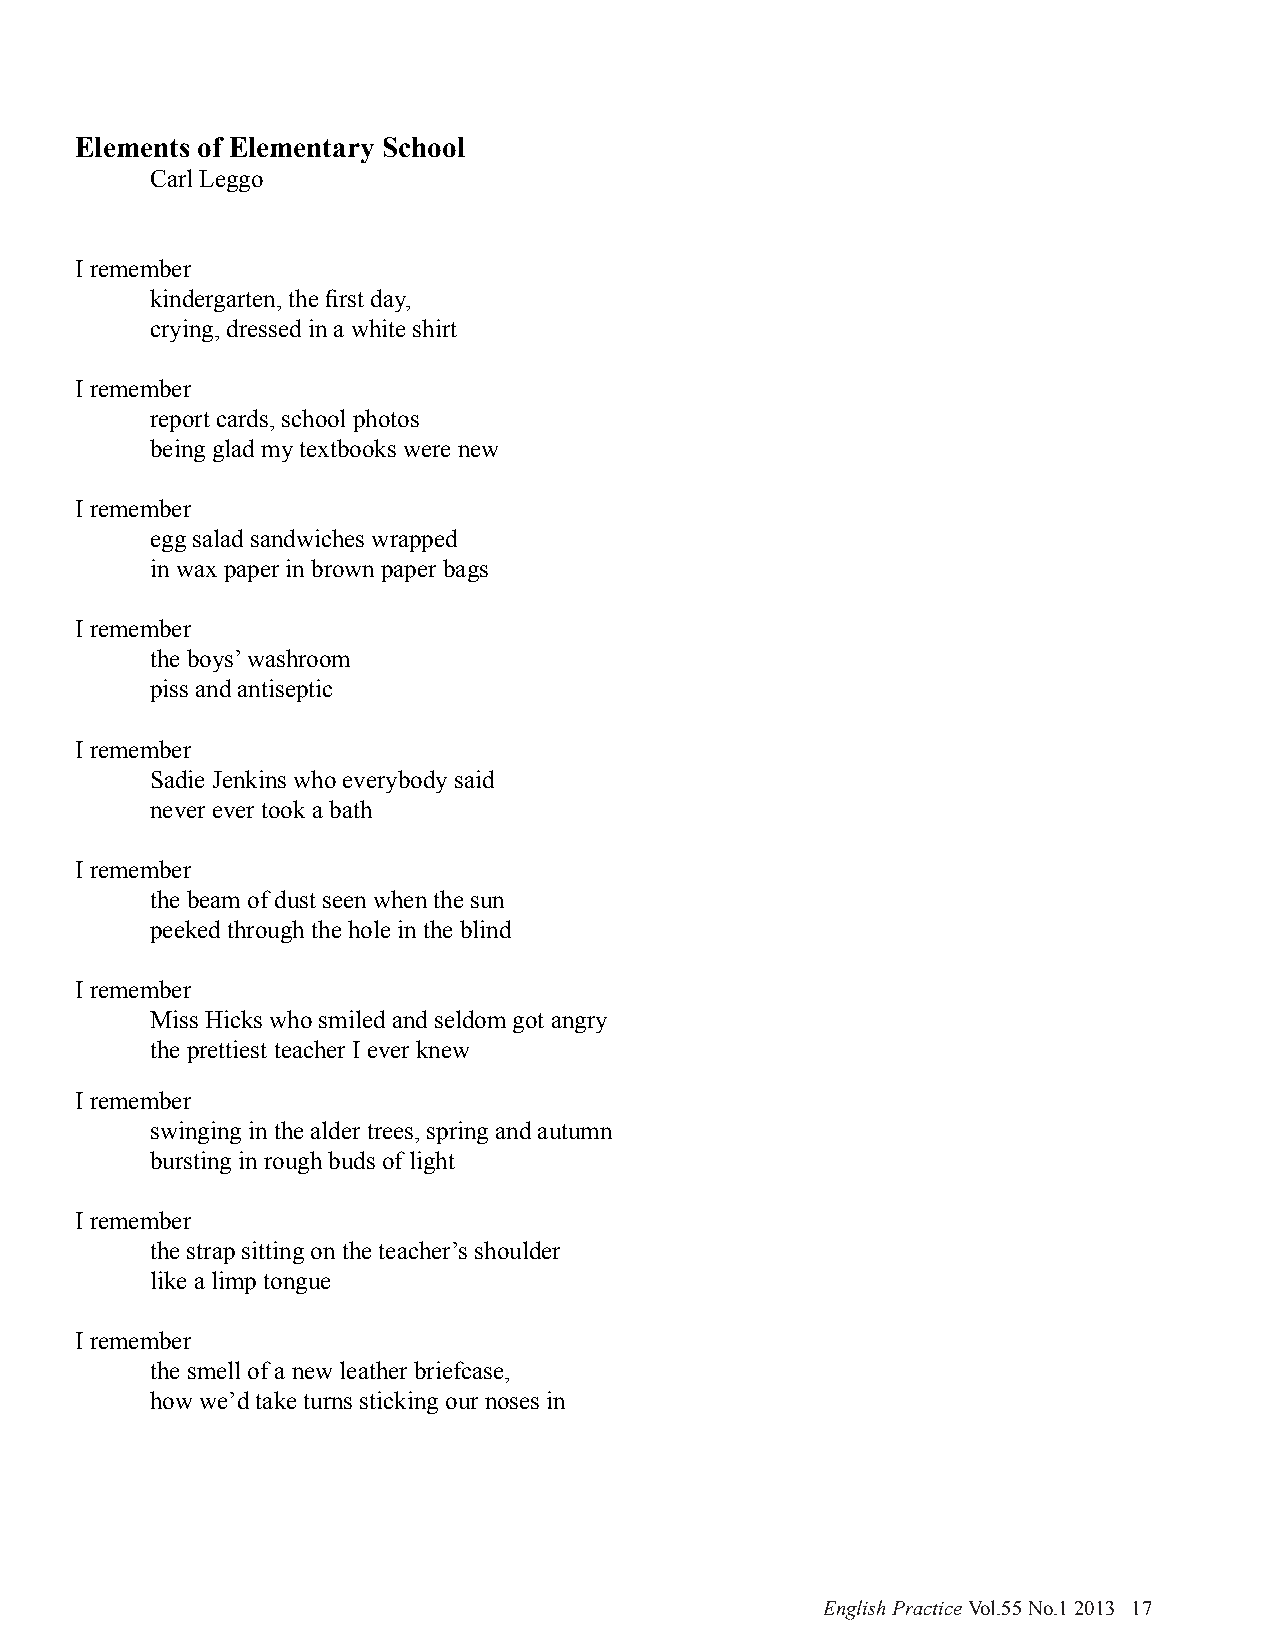
Elements of Elementary School
 Carl Leggo
 I remember
 kindergarten, the first day,
 crying, dressed in a white shirt
 I remember
 report cards, school photos
 being glad my textbooks were new
 I remember
 egg salad sandwiches wrapped
 in wax paper in brown paper bags
 I remember
 the boys’ washroom
 piss and antiseptic
 I remember
 Sadie Jenkins who everybody said
 never ever took a bath
 I remember
 the beam of dust seen when the sun
 peeked through the hole in the blind
 I remember
 Miss Hicks who smiled and seldom got angry
 the prettiest teacher I ever knew
 I remember
 swinging in the alder trees, spring and autumn
 bursting in rough buds of light
 I remember
 the strap sitting on the teacher’s shoulder
 like a limp tongue
 I remember
 the smell of a new leather briefcase,
 how we’d take turns sticking our noses in
 English Practice Vol.55 No.1 2013 17